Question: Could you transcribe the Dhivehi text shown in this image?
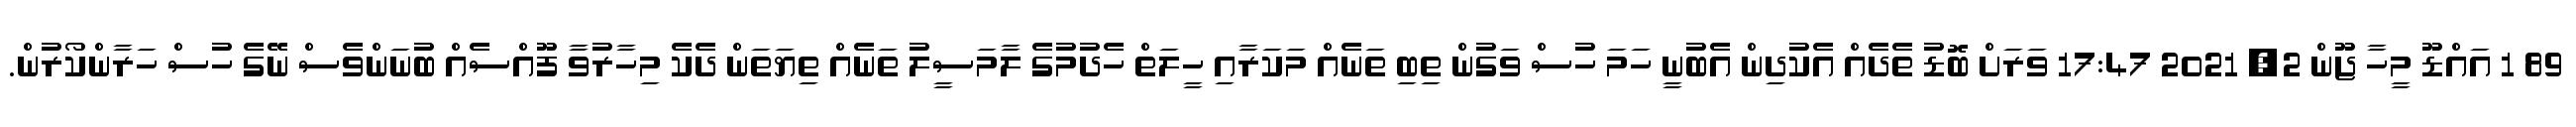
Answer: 89 1 އައްޑޫ މީހާ ޖޫން 2, 2021 17:47 ވަރަށް ބޮޑު ތެދެއް އެކުދިން އެބުނީ ހަމަ ހުސް ވަގުން ތިބި ތަނެއް މަކަރާއި ހީލަތް ހެދުމުގެ ލާމަސީލު ތަނެއް ތިޔަތަން ދެކެ މިހާރުވާ ފޫއްސެއް ބުނަންވެސް ނޭގެ ހުސް ހަރާންކޯރުން.